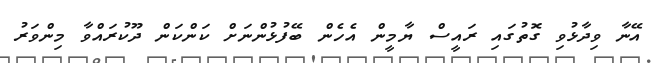
އޭނާ ވިދާޅުވި ގޮތުގައި ރައީސް ޔާމީން އެހެން ބޭފުޅުންނަށް ކަންކަން ދޫކުރައްވާ މިންވަރު